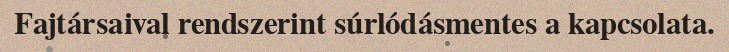
Fajtársaival rendszerint súrlódásmentes a kapcsolata.